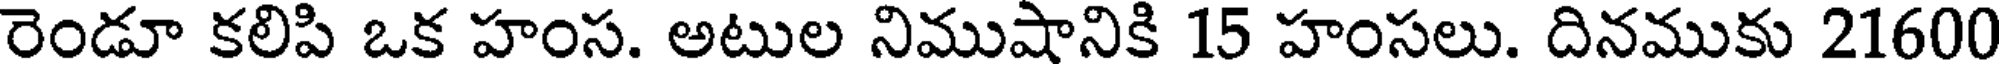
రెండూ కలిపి ఒక హంస. అటుల నిముషానికి 15 హంసలు. దినముకు 21600